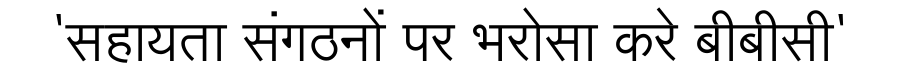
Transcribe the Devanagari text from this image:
'सहायता संगठनों पर भरोसा करे बीबीसी'